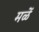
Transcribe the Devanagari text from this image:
मळें